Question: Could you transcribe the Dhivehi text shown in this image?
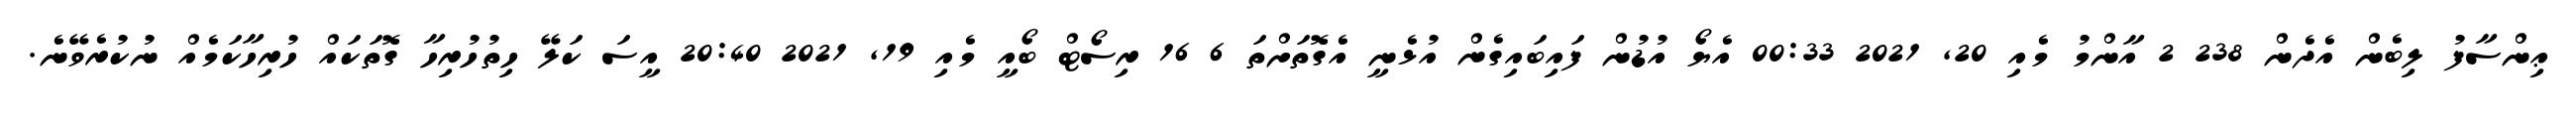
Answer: ޢިންސާފު ލިބެން އެދެން 238 2 އާންމު މެއި 20, 2021 00:33 އެޔޯ އުޑުން ފައިބައިގެން އުޅެނީ އެގޮތަށްތަ 6 16 ރިސޯޓް ބޯއީ މެއި 19, 2021 20:40 އީސަ ކަލޭ ހިތުހުރިހާ ގޮތަކައް ހުރިހާކަމެއް ނުކުރެވޭނެ.